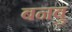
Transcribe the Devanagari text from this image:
बनबु